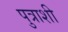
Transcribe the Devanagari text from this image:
पुत्राशी